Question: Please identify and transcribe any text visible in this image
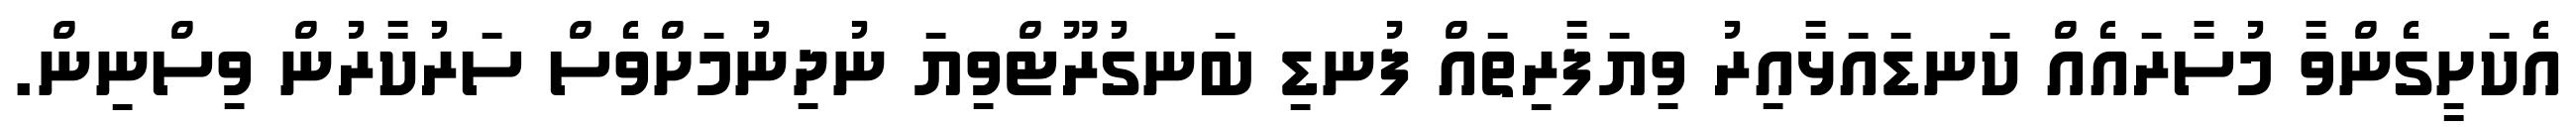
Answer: އެކަށީގެންވާ މުސާރައެއް ކަނޑައަޅާއިރު ވިޔަފާރިތައް ފުނޑި ބަނގުރޫޓްވިޔަ ނުދިނުމަށްވެސް ސަރުކާރުން ވިސްނިން.